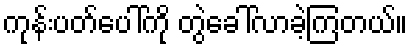
ကုန်းပတ်ပေါ်ကို တွဲခေါ်လာခဲ့ကြတယ်။